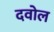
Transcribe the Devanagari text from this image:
दवोल